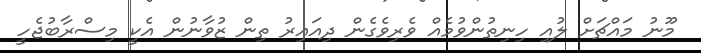
މޫނު މައްޗަށް ލުއި ހިނިތުންވުމެއް ވެރިވެގެން ދިއައިރު ތިން ޒުވާނުން އެކީ މިސްރާބުޖެހީ